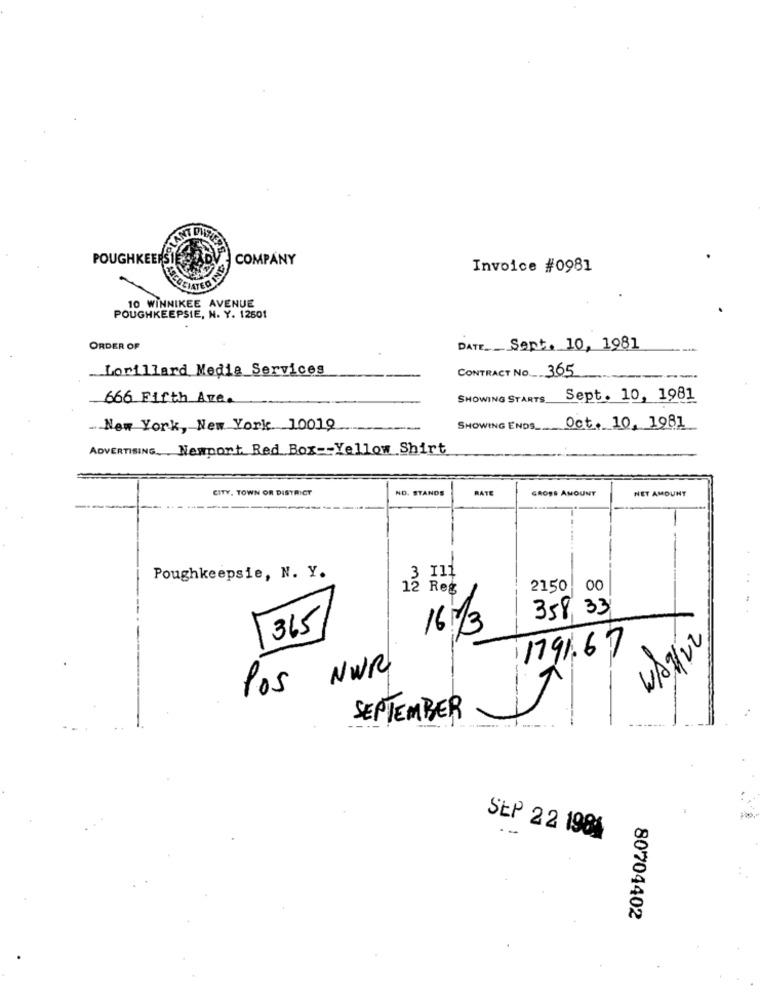
POUGHKEEPSIE SODU
COMPANY
Invoice #0981
ECEIATEDI
10 WINNIKEE AVENUE
POUGHKEEPSIE, N. Y. 12601
ORDER OF
DATE __ Sept. 10, 1981
Lorillard Media Services
CONTRACT NO ._.. 365
666 Fifth Ave.
SHOWING STARTS
Sept. 10, 1981
.. New York, New York. 10019
SHOWING ENDS_
Oct. 10, 1981
ADVERTISING, Newport Red Box -- Yellow Shirt
CITY, TOWN OR DISTRICT
NO. STANDS
RATE
GROSS AMOUNT
NET AMOUNT
3 111
-
Poughkeepsie, N. Y.
12 Reg
2150 00
358,
365
16:13
1791.67
POS NWR
SEPTEMBER
SEP 22 1981
--
80704402